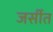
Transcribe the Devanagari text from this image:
जर्सीत